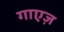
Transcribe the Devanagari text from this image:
गाएज़